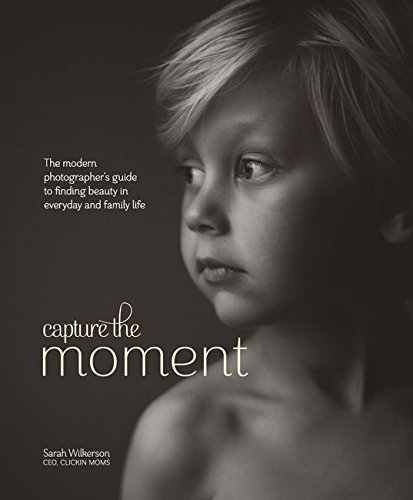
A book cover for Capture the Moment: The Modern Photographer's Guide to Finding Beauty in Everyday and Family Life; Sarah Wilkerson; Arts & Photography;